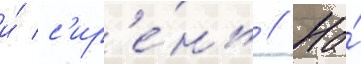
и́ с'ир'е́нь // На́